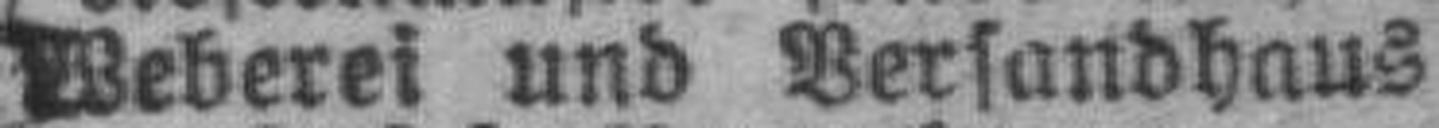
Weberei und Versandhaus